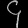
Digit: ၄